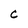
Character: C